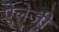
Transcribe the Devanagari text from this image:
ऐलेजी